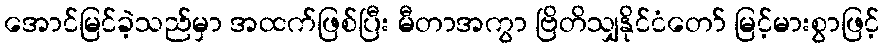
အောင်မြင်ခဲ့သည်မှာ အထက်ဖြစ်ပြီး မီတာအကွာ ဗြိတိသျှနိုင်ငံတော် မြင့်မားစွာဖြင့်